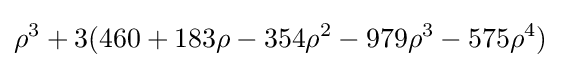
\rho ^{3}+3(460+183\rho -354\rho ^{2}-979\rho ^{3}-575\rho ^{4})